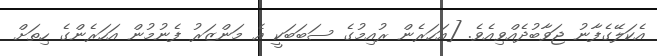
އެކަލޭގެފާނު ޖަވާބުދެއްވިއެވެ. [އަހަރެން ރުއިމުގެ ސަބަބަކީ އެ މަންޒަރު ފެނުމުން އަހަރެންގެ ހިތަށް